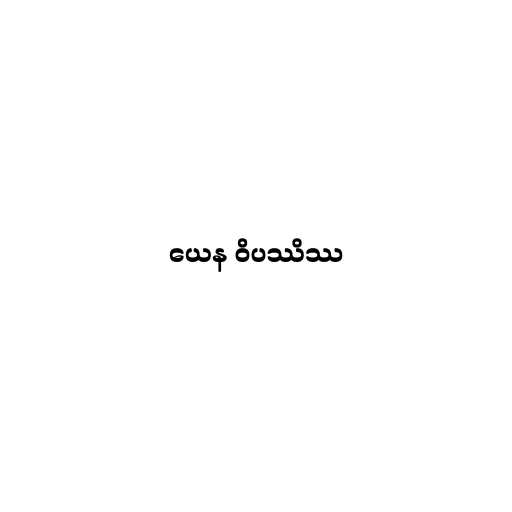
ယေန ဝိပဿိဿ